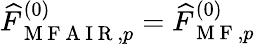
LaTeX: \widehat{F}_{\mathrm{~M~F~A~I~R~},p}^{(0)}=\widehat{F}_{\mathrm{~M~F~},p}^{(0)}